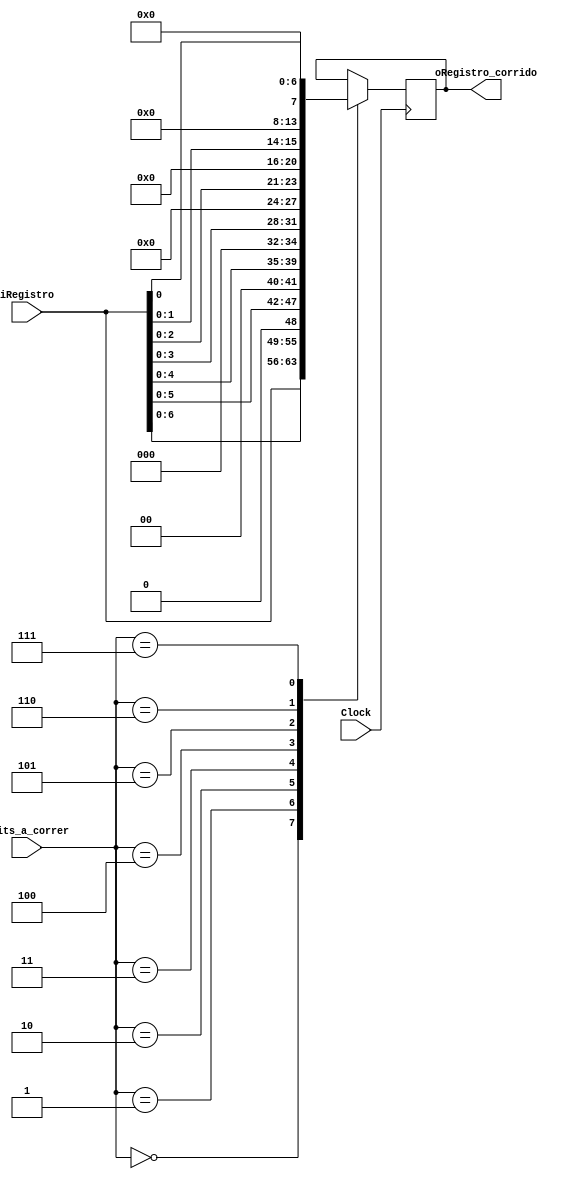
module shl
  (
	 input wire Clock,
    input wire [7:0] iRegistro,
    input wire [3:0] iBits_a_correr,
    output reg [7:0] oRegistro_corrido
  );
  always @(posedge Clock)
    case(iBits_a_correr)
      0: oRegistro_corrido <= iRegistro;
      1: oRegistro_corrido <= iRegistro << 1;
      2: oRegistro_corrido <= iRegistro << 2;
      3: oRegistro_corrido <= iRegistro << 3;
      4: oRegistro_corrido <= iRegistro << 4;
      5: oRegistro_corrido <= iRegistro << 5;
      6: oRegistro_corrido <= iRegistro << 6;
      7: oRegistro_corrido <= iRegistro << 7;
	endcase
endmodule